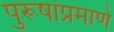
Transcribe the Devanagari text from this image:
पुरूषांप्रमाणे